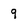
Character: 9